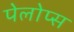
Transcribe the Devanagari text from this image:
पेलोप्स